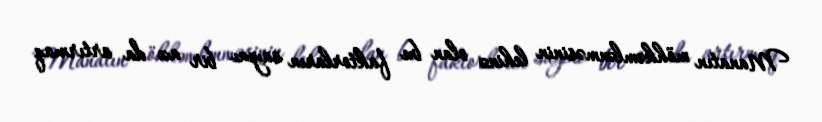
Manatın möhkəmlənməsinin lehinə olan bu faktorların sayını bir az da artırmaq